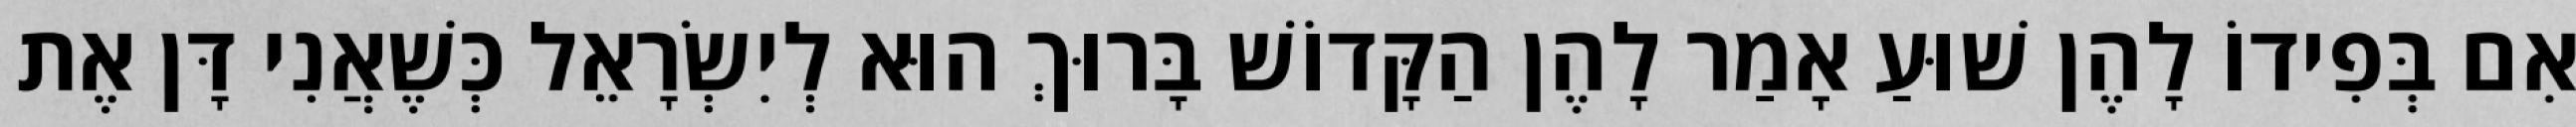
אִם בְּפִידוֹ לָהֶן שׁוּעַ אָמַר לָהֶן הַקָּדוֹשׁ בָּרוּךְ הוּא לְיִשְׂרָאֵל כְּשֶׁאֲנִי דָּן אֶת